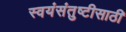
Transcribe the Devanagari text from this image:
स्वयंसंतुष्टीसाठी